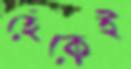
হেঁকেই